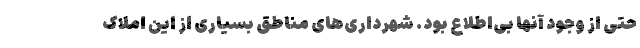
حتی از وجود آنها بی‌اطلاع بود. شهرداری‌های مناطق بسیاری از این املاک